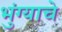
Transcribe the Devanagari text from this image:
भुंग्याचे